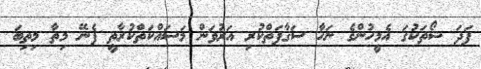
ފަދަ ޝޯތަކުގަ އެމީހުންގެ ނަހާ ސަޤާފަތްކުރި އަރުވަން މަސައްކަތްކުރާތީ ފެނޭ މިތާ މިތިބަ